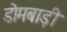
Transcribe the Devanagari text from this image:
डोमबाड़ी